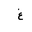
Letter: _gayn